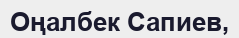
Оңалбек Сапиев,